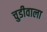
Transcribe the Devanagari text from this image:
चुडीवाला